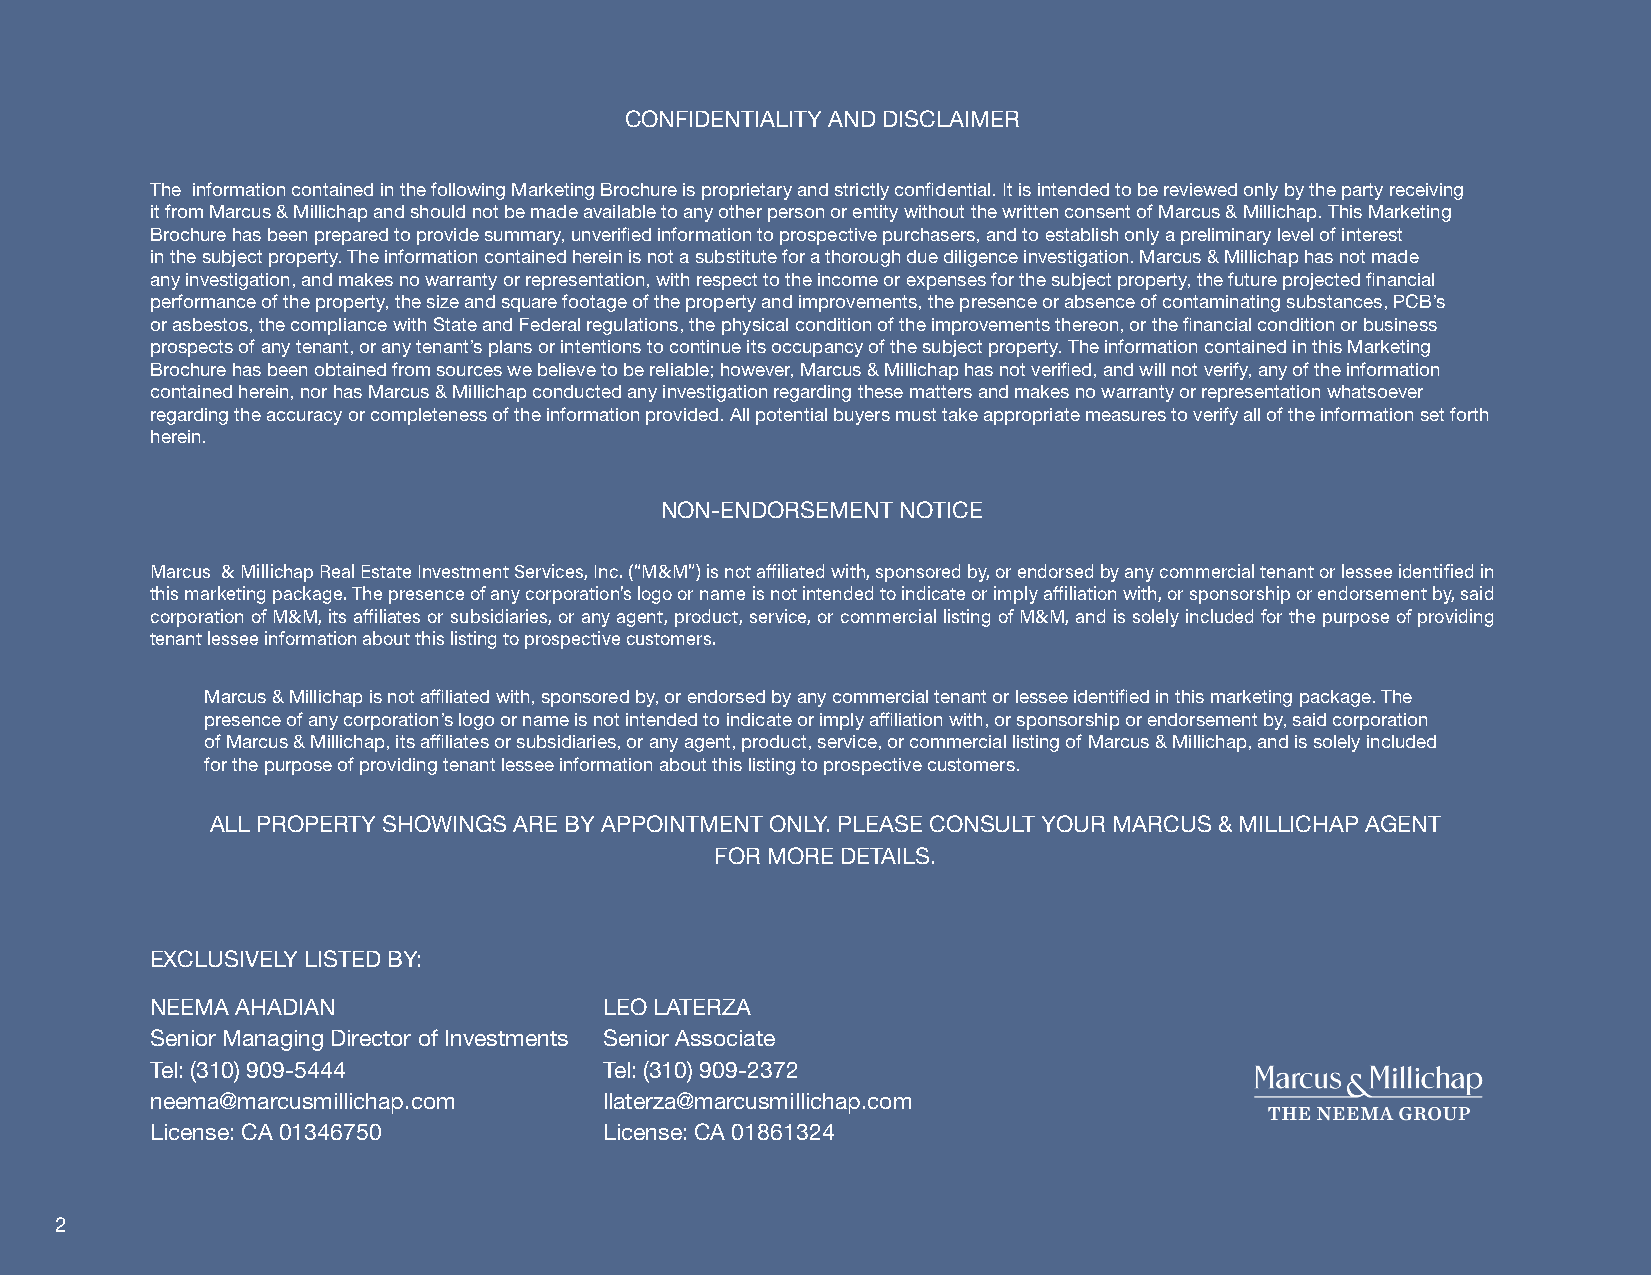
CONFIDENTIALITY AND DISCLAIMER
 The information contained in the following Marketing Brochure is proprietary and strictly confidential. It is intended to be reviewed only by the party receiving
 it from Marcus & Millichap and should not be made available to any other person or entity without the written consent of Marcus & Millichap. This Marketing
 Brochure has been prepared to provide summary, unverified information to prospective purchasers, and to establish only a preliminary level of interest
 in the subject property. The information contained herein is not a substitute for a thorough due diligence investigation. Marcus & Millichap has not made
 any investigation, and makes no warranty or representation, with respect to the income or expenses for the subject property, the future projected financial
 performance of the property, the size and square footage of the property and improvements, the presence or absence of contaminating substances, PCB’s
 or asbestos, the compliance with State and Federal regulations, the physical condition of the improvements thereon, or the financial condition or business
 prospects of any tenant, or any tenant’s plans or intentions to continue its occupancy of the subject property. The information contained in this Marketing
 Brochure has been obtained from sources we believe to be reliable; however, Marcus & Millichap has not verified, and will not verify, any of the information
 contained herein, nor has Marcus & Millichap conducted any investigation regarding these matters and makes no warranty or representation whatsoever
 regarding the accuracy or completeness of the information provided. All potential buyers must take appropriate measures to verify all of the information set forth
 herein.
 NON-ENDORSEMENT NOTICE
 Marcus & Millichap Real Estate Investment Services, Inc. (“M&M”) is not affiliated with, sponsored by, or endorsed by any commercial tenant or lessee identified in
 this marketing package. The presence of any corporation’s logo or name is not intended to indicate or imply affiliation with, or sponsorship or endorsement by, said
 corporation of M&M, its affiliates or subsidiaries, or any agent, product, service, or commercial listing of M&M, and is solely included for the purpose of providing
 tenant lessee information about this listing to prospective customers.
 Marcus & Millichap is not affiliated with, sponsored by, or endorsed by any commercial tenant or lessee identified in this marketing package. The
 presence of any corporation’s logo or name is not intended to indicate or imply affiliation with, or sponsorship or endorsement by, said corporation
 of Marcus & Millichap, its affiliates or subsidiaries, or any agent, product, service, or commercial listing of Marcus & Millichap, and is solely included
 for the purpose of providing tenant lessee information about this listing to prospective customers.
 ALL PROPERTY SHOWINGS ARE BY APPOINTMENT ONLY. PLEASE CONSULT YOUR MARCUS & MILLICHAP AGENT
 FOR MORE DETAILS.
 EXCLUSIVELY LISTED BY:
 NEEMA AHADIAN                 LEO LATERZA
 Senior Managing Director of Investments Senior Associate
 Tel: (310) 909-5444           Tel: (310) 909-2372
 neema@marcusmillichap.com     llaterza@marcusmillichap.com
 License: CA 01346750          License: CA 01861324
 2